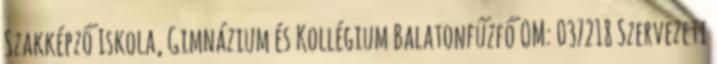
Szakképző Iskola, Gimnázium és Kollégium Balatonfűzfő OM: 037218 Szervezeti